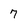
Character: 7